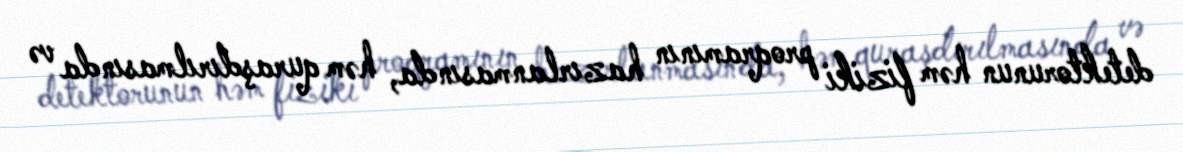
detektorunun həm fiziki proqramının hazırlanmasında, həm quraşdırılmasında və